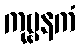
ကုဗ္ဗနကံ